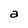
Character: a